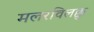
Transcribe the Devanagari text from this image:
मलरविलक्कु